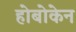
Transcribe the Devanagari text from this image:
होबोकेन